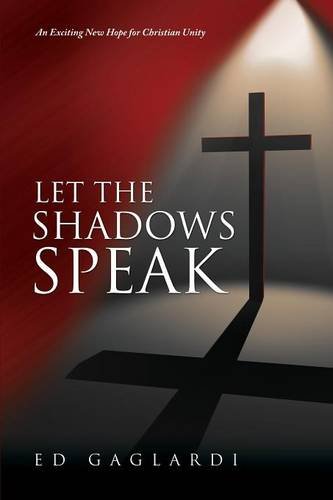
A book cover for Let the Shadows Speak; Ed Gaglardi; Christian Books & Bibles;